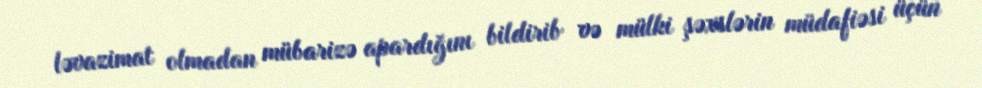
ləvazimat olmadan mübarizə apardığını bildirib və mülki şəxslərin müdafiəsi üçün